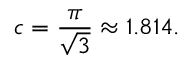
c = { \frac { \pi } { \sqrt { 3 } } } \approx 1 . 8 1 4 .